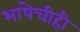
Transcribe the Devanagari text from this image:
भाषेचीही